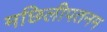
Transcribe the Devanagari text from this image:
मछिलीपतनम